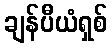
ချန်ပီယံရှစ်